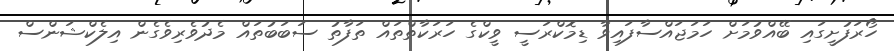
ހޯރަފުށީގައި ބޭއްވުމަށް ހަމަޖައްސާފައިވާ ޑިމޮކްރަސީ ވީކްގެ ހަރަކާތްތައް ތަފާތު ސަބަބުތައް މެދުވެރިވެެގެން އިލެކްޝަންސް